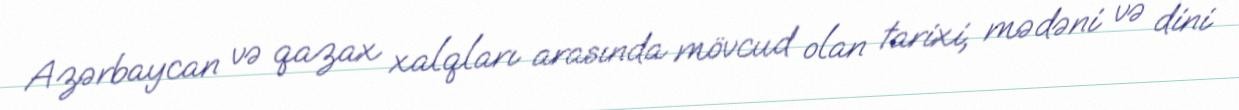
Azərbaycan və qazax xalqları arasında mövcud olan tarixi, mədəni və dini